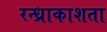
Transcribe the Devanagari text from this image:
रन्ध्राकाशता